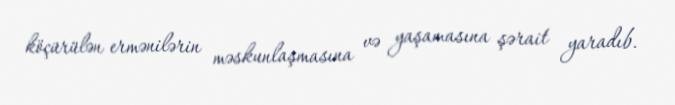
köçürülən ermənilərin məskunlaşmasına və yaşamasına şərait yaradıb.